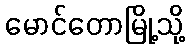
မောင်တောမြို့သို့